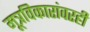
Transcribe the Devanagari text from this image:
मूत्रविकारांवरही